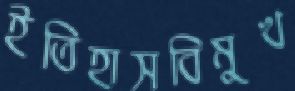
ইতিহাসবিমুখ